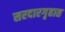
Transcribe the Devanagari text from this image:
सरदारगृहात